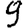
Digit: 9